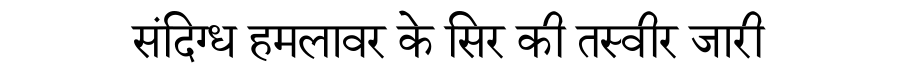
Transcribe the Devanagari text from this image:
संदिग्ध हमलावर के सिर की तस्वीर जारी